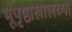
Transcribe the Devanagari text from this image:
भूपृष्ठाखालच्या